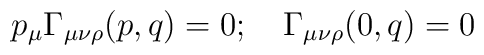
p_{\mu} \Gamma_{\mu \nu \rho}(p,q)=0; \quad \Gamma_{\mu \nu \rho}(0,q)=0